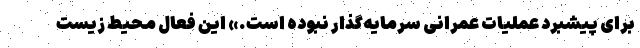
برای پیشبرد عملیات عمرانی سرمایه‌گذار نبوده است.» این فعال محیط زیست